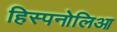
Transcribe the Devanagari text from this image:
हिस्पनोलिआ